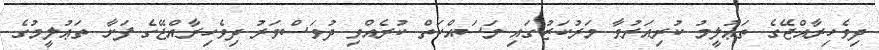
ދިވެހިރާއްޖޭގެ ތަޢުލީމު ކުރިއަރުވާ މަރުކަޒުގައި މަސައްކަތް ކުރެއްވި ދުވަސްވަރު ދިވެހިރާއްޖޭގެ ފަށާ ތަޢުލީމުގެ